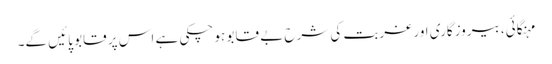
مہنگائی، بیروزگاری اور غربت کی شرح بے قابو ہو چکی ہے اس پر قابو پائیں گے۔